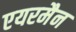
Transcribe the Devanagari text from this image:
एयरमैन